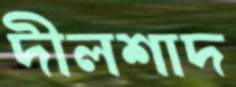
দীলশাদ